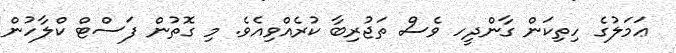
ޢަމަލުގެ ހިތިކަން ގާންދީހ ވެސް ތަޖުރިބާ ކުރެއްވިއެވެ. މި ގޮތުން ފަސްޓް ކްލާހުން